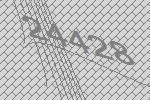
24428